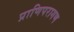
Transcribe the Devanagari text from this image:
प्राणिपरागण